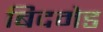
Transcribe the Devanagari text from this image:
बिदमेड